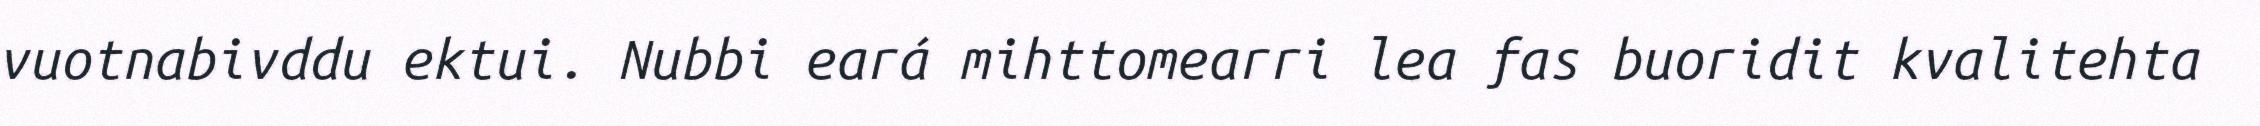
vuotnabivddu ektui. Nubbi eará mihttomearri lea fas buoridit kvalitehta